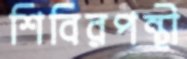
শিবিরপন্থী